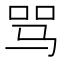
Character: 骂